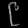
Digit: ၉